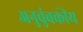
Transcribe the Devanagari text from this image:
अनुचुंबकीय